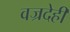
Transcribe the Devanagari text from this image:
वज्रदेही